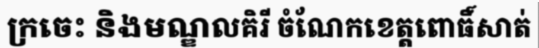
ក្រចេះ និងមណ្ឌលគិរី ចំណែកខេត្តពោធិ៍សាត់